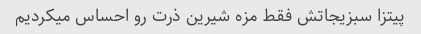
پیتزا سبزیجاتش فقط مزه شیرین ذرت رو احساس میکردیم